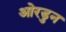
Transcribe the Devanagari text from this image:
ओरडुन